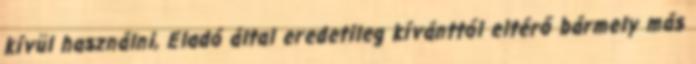
kívül használni, Eladó által eredetileg kívánttól eltérő bármely más